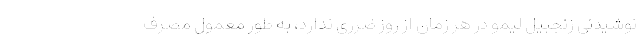
نوشیدنی زنجبیل لیمو در هر زمان از روز ضرری ندارد، به طور معمول مصرف